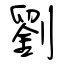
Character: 劉